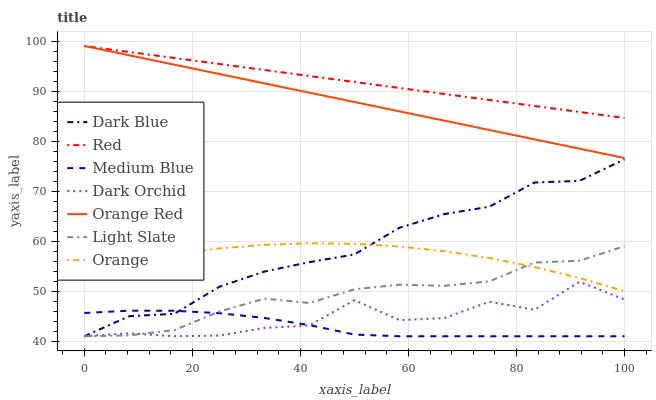
| xaxis_label | Dark Blue | Red | Medium Blue | Dark Orchid | Orange Red | Light Slate | Orange |
 | --- | --- | --- | --- | --- | --- | --- | --- |
 | 0 | 41 | 99 | 45.7 | 41 | 99 | 41 | 53.9 |
 | 8.33 | 45 | 97.8 | 46.1 | 41.6 | 97.1 | 41.2 | 55.8 |
 | 16.7 | 45.5 | 96.6 | 46.1 | 41 | 95.3 | 42.2 | 57.4 |
 | 25 | 50.9 | 95.4 | 45.6 | 41.1 | 93.4 | 45.9 | 58.5 |
 | 33.3 | 53.9 | 94.2 | 44.7 | 42.7 | 91.5 | 48.5 | 59.3 |
 | 41.7 | 55.8 | 93 | 43.2 | 43.2 | 89.7 | 47.7 | 59.6 |
 | 50 | 57.3 | 91.8 | 41.3 | 48.2 | 87.8 | 50.4 | 59.5 |
 | 58.3 | 62.7 | 90.6 | 41 | 44.2 | 85.9 | 51.3 | 58.9 |
 | 66.7 | 65.4 | 89.4 | 41 | 44.6 | 84.1 | 51.1 | 58 |
 | 75 | 66.9 | 88.2 | 41 | 47.9 | 82.2 | 52 | 56.6 |
 | 83.3 | 71.7 | 87 | 41 | 46.3 | 80.3 | 55.7 | 54.8 |
 | 91.7 | 72.1 | 85.8 | 41 | 51.9 | 78.5 | 56.1 | 52.6 |
 | 100 | 76.4 | 84.6 | 41 | 48.4 | 76.6 | 59 | 50 |